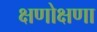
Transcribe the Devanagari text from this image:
क्षणोक्षणा